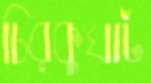
চিরকুঘাট